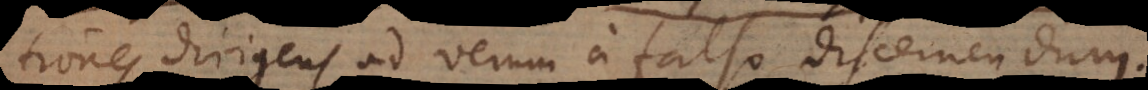
tiones dirigens ad verum a falso discernendum.